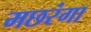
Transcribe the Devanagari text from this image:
मछरंगा